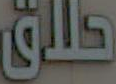
حلاق